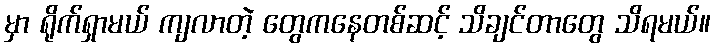
မှာ ရိုက်ရှာမယ် ကျလာတဲ့ တွေကနေတစ်ဆင့် သိချင်တာတွေ သိရမယ်။